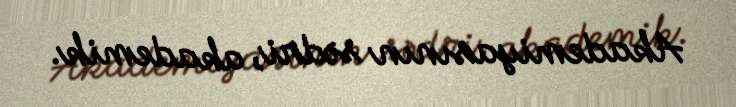
Akademiyasının sədri, akademik.